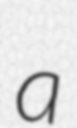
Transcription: a